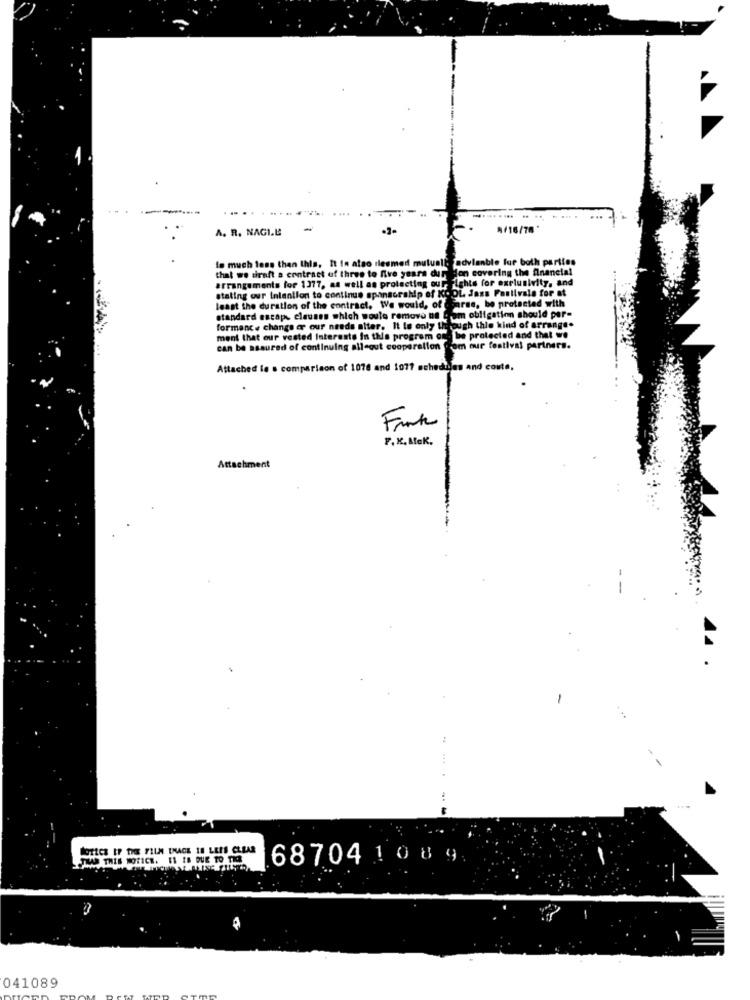
A. R. NAGIL
A/16/78'
to much less than this, It in also rlesmed mutuail.
that we diruft a contract of three to five years dursdon covering the financial
arrangements for 1377, as well as protecting our Fights for exclusivity, and
stating our Intention to continue sponsorship of KC. OL Jass Festivale for at
La for at
least the duration of the contract, We
standard escape clauses which souto remove us from obligation should per-
formance change er our needs alter. It is only the
ment that our vested Interests In this program one be protected and that we
... .
can be assured of continuing alleout cooperation Com bur festival partners.
Attached le s comparison of 1076 and 1077 schedules and conte,
Frank
F. K.Mek.
Attachment
NOTICE IP THE FILM IMAGE IS LESS CLEAR
TKA THIS NOTICE. 11 IS QUE TO TIO
68704 1 0 8 9
041089